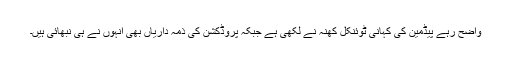
واضح رہے پیڈمین کی کہانی ٹوئنکل کھنہ نے لکھی ہے جبکہ پروڈکشن کی ذمہ داریاں بھی انہوں نے ہی نبھائی ہیں۔